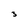
Character: 3